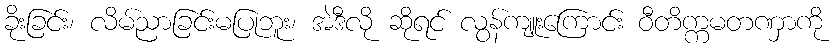
ခိုးခြင်း၊ လိမ်ညာခြင်းမပြုဘူး၊ အဲဒီလို ဆိုရင် လွန်ကျူးကြောင်း ဝီတိက္ကမတဏှာကို